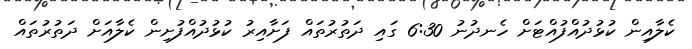
ކެލާއިން ކުޅުދުއްފުއްޓަށް ހެނދުނު 6:30 ގައި ދަތުރުތައް ފަށާއިރު ކުޅުދުއްފުށިން ކެލާއަށް ދަތުރުތައް